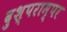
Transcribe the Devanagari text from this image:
दुश्पराम्पर